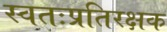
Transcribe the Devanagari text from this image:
स्वतःप्रतिरक्षक